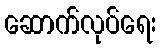
ဆောက်လုပ်ရေး